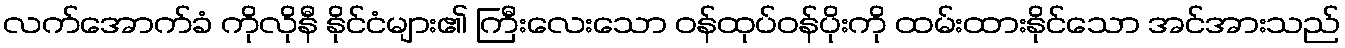
လက်အောက်ခံ ကိုလိုနီ နိုင်ငံများ၏ ကြီးလေးသော ဝန်ထုပ်ဝန်ပိုးကို ထမ်းထားနိုင်သော အင်အားသည်